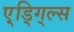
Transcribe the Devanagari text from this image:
ए्ड्गि्ल्स